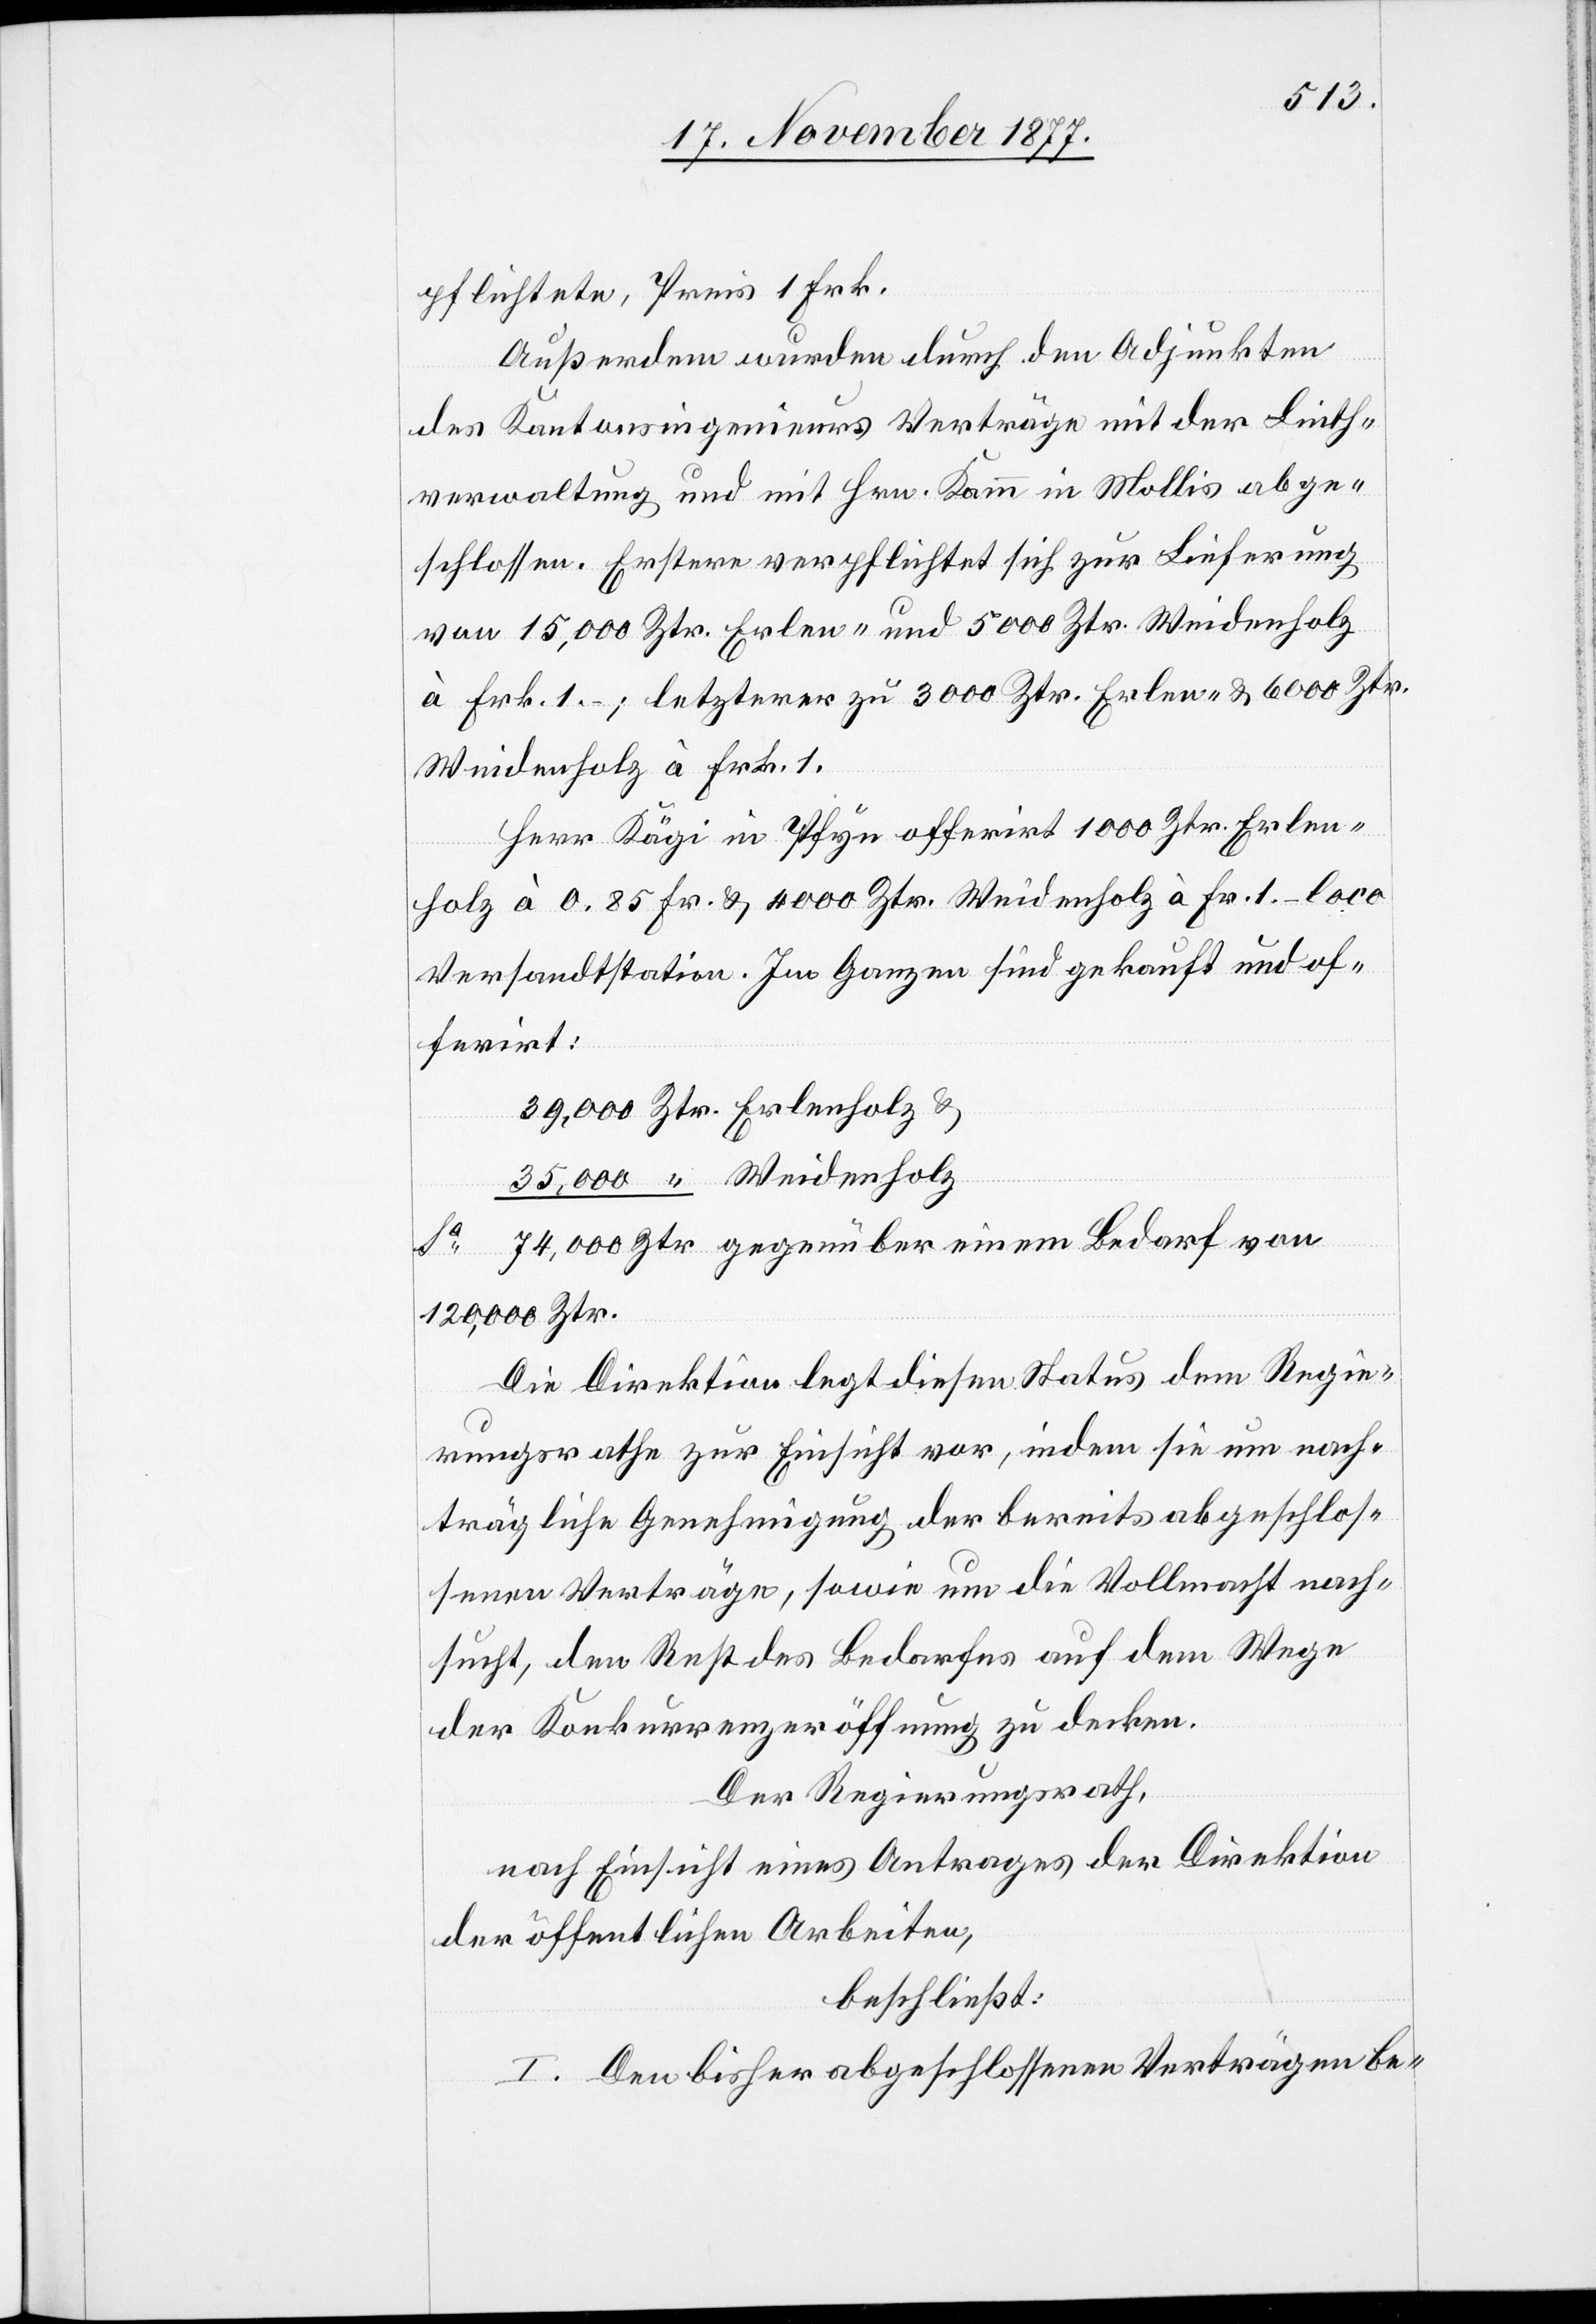
pflichtete, Preis 1 Frk.
Außerdem wurden durch den Adjunkten
des Kantonsingenieurs Verträge mit der Linth¬
verwaltung und mit Hrn. Kamm in Mollis abge¬
schlossen. Erstere verpflichtet sich zur Lieferung
von 15,000 Ztr. Erlen- und 5000 Ztr. Weidenholz
à Frk. 1.–; letzterer zu 3000 Ztr. Erlen- & 6000 Ztr.
Weidenholz à Frk. 1.
Herr Kägi in Pfyn offerirt 1000 Ztr. Erlen¬
holz à 0.85 Fr. & 4000 Ztr. Weidenholz à Fr. 1. – loco
Versandtstation [sic!]. Im Ganzen sind gekauft und of¬
ferirt:
120,000 Ztr.
Die Direktion legt diesen Status dem Regie¬
rungsrathe zur Einsicht vor, indem sie um nach¬
trägliche Genehmigung der bereits abgeschlos¬
senen Verträge, sowie um die Vollmacht nach¬
sucht, den Rest des Bedarfes auf dem Wege
der Konkurrenzeröffnung zu decken.
von
Der Regierungsrath,
nach Einsicht eines Antrages der Direktion
der öffentlichen Arbeiten,
beschließt:
I. Den bisher abgeschlossenen Verträgen be-